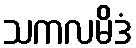
သကလမိဒံ